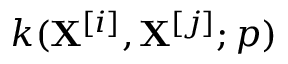
k ( \mathbf { X } ^ { [ i ] } , \mathbf { X } ^ { [ j ] } ; p )